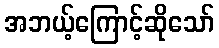
အဘယ့်ကြောင့်ဆိုသော်